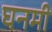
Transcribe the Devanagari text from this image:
घनमी